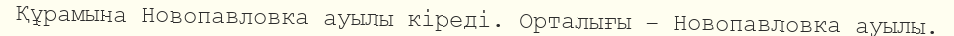
Құрамына Новопавловка ауылы кіреді. Орталығы – Новопавловка ауылы.